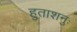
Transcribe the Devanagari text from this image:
हुताशनुः